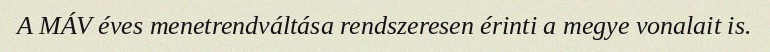
A MÁV éves menetrendváltása rendszeresen érinti a megye vonalait is.